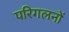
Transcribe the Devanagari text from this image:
परिगलनों